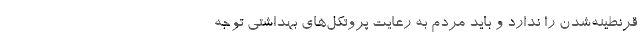
قرنطینه‌شدن را ندارد و باید مردم به رعایت پروتکل‌های بهداشتی توجه